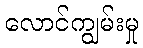
လောင်ကျွမ်းမှု